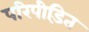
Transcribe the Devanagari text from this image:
परिपीड़ित